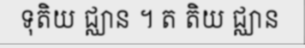
ទុតិយ ជ្ឈាន ។ ត តិយ ជ្ឈាន